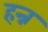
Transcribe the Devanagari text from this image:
हन्न